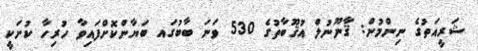
ޝަރީއަތުގެ ނިންމުން: ޤާނޫނުލް އުޤޫބާތުގެ 530 ވަނަ ބާބުގައ ބަޔާންކޮށްފައިވާ ހުރިހާ ކުށަކީ